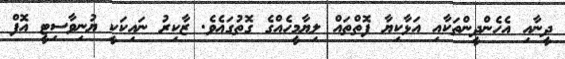
ދީނާއި އެހެންދީންތަކާއި އަޅާކިޔާ ފޮތްތައް ލިޔާމީހެއްގެ ގޮތުގައެވެ. ޒާކިރު ނައިކަކީ ޔުނިވާސިޓީ އޮފް